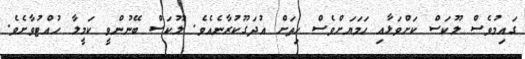
ގައިމުވެސް ލޫކަސް ކަށްވަޅާއި ހަމަޔަށްވެސް ހިތަށް އުދަގޫކުރާނެއެވެ. ލޫކަސް ބޭނުންވީ ކަމީލާ ހުއްޓުވާށެވެ.